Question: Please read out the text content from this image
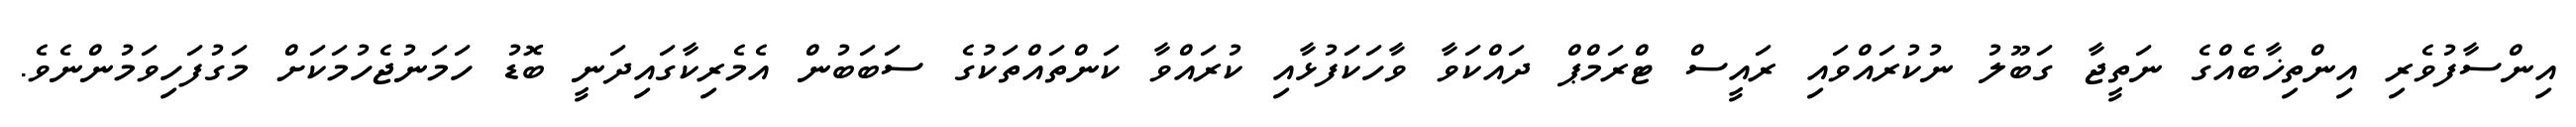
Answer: އިންސާފުވެރި އިންތިޚާބެއްގެ ނަތީޖާ ގަބޫލު ނުކުރައްވައި ރައީސް ޓްރަމްޕް ދައްކަވާ ވާހަކަފުޅާއި ކުރައްވާ ކަންތައްތަކުގެ ސަބަބުން އެމެރިކާގައިދަނީ ބޮޑު ހަމަނުޖެހުމަކަށް މަގުފަހިވަމުންނެވެ.